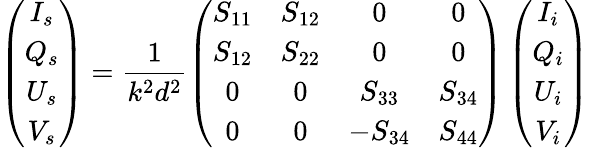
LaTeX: \left(\begin{array}{cccc}{I_{s}}\\ {Q_{s}}\\ {U_{s}}\\ {V_{s}}\end{array}\right)=\frac{1}{k^{2}d^{2}}\left(\begin{array}{cccc}{S_{11}}&{S_{12}}&{0}&{0}\\ {S_{12}}&{S_{22}}&{0}&{0}\\ {0}&{0}&{S_{33}}&{S_{34}}\\ {0}&{0}&{-S_{34}}&{S_{44}}\end{array}\right)\left(\begin{array}{cccc}{I_{i}}\\ {Q_{i}}\\ {U_{i}}\\ {V_{i}}\end{array}\right)